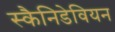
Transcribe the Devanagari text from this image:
स्कैनिडेवियन